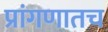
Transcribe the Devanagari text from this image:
प्रांगणातच